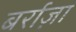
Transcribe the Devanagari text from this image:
बर्राज़ा